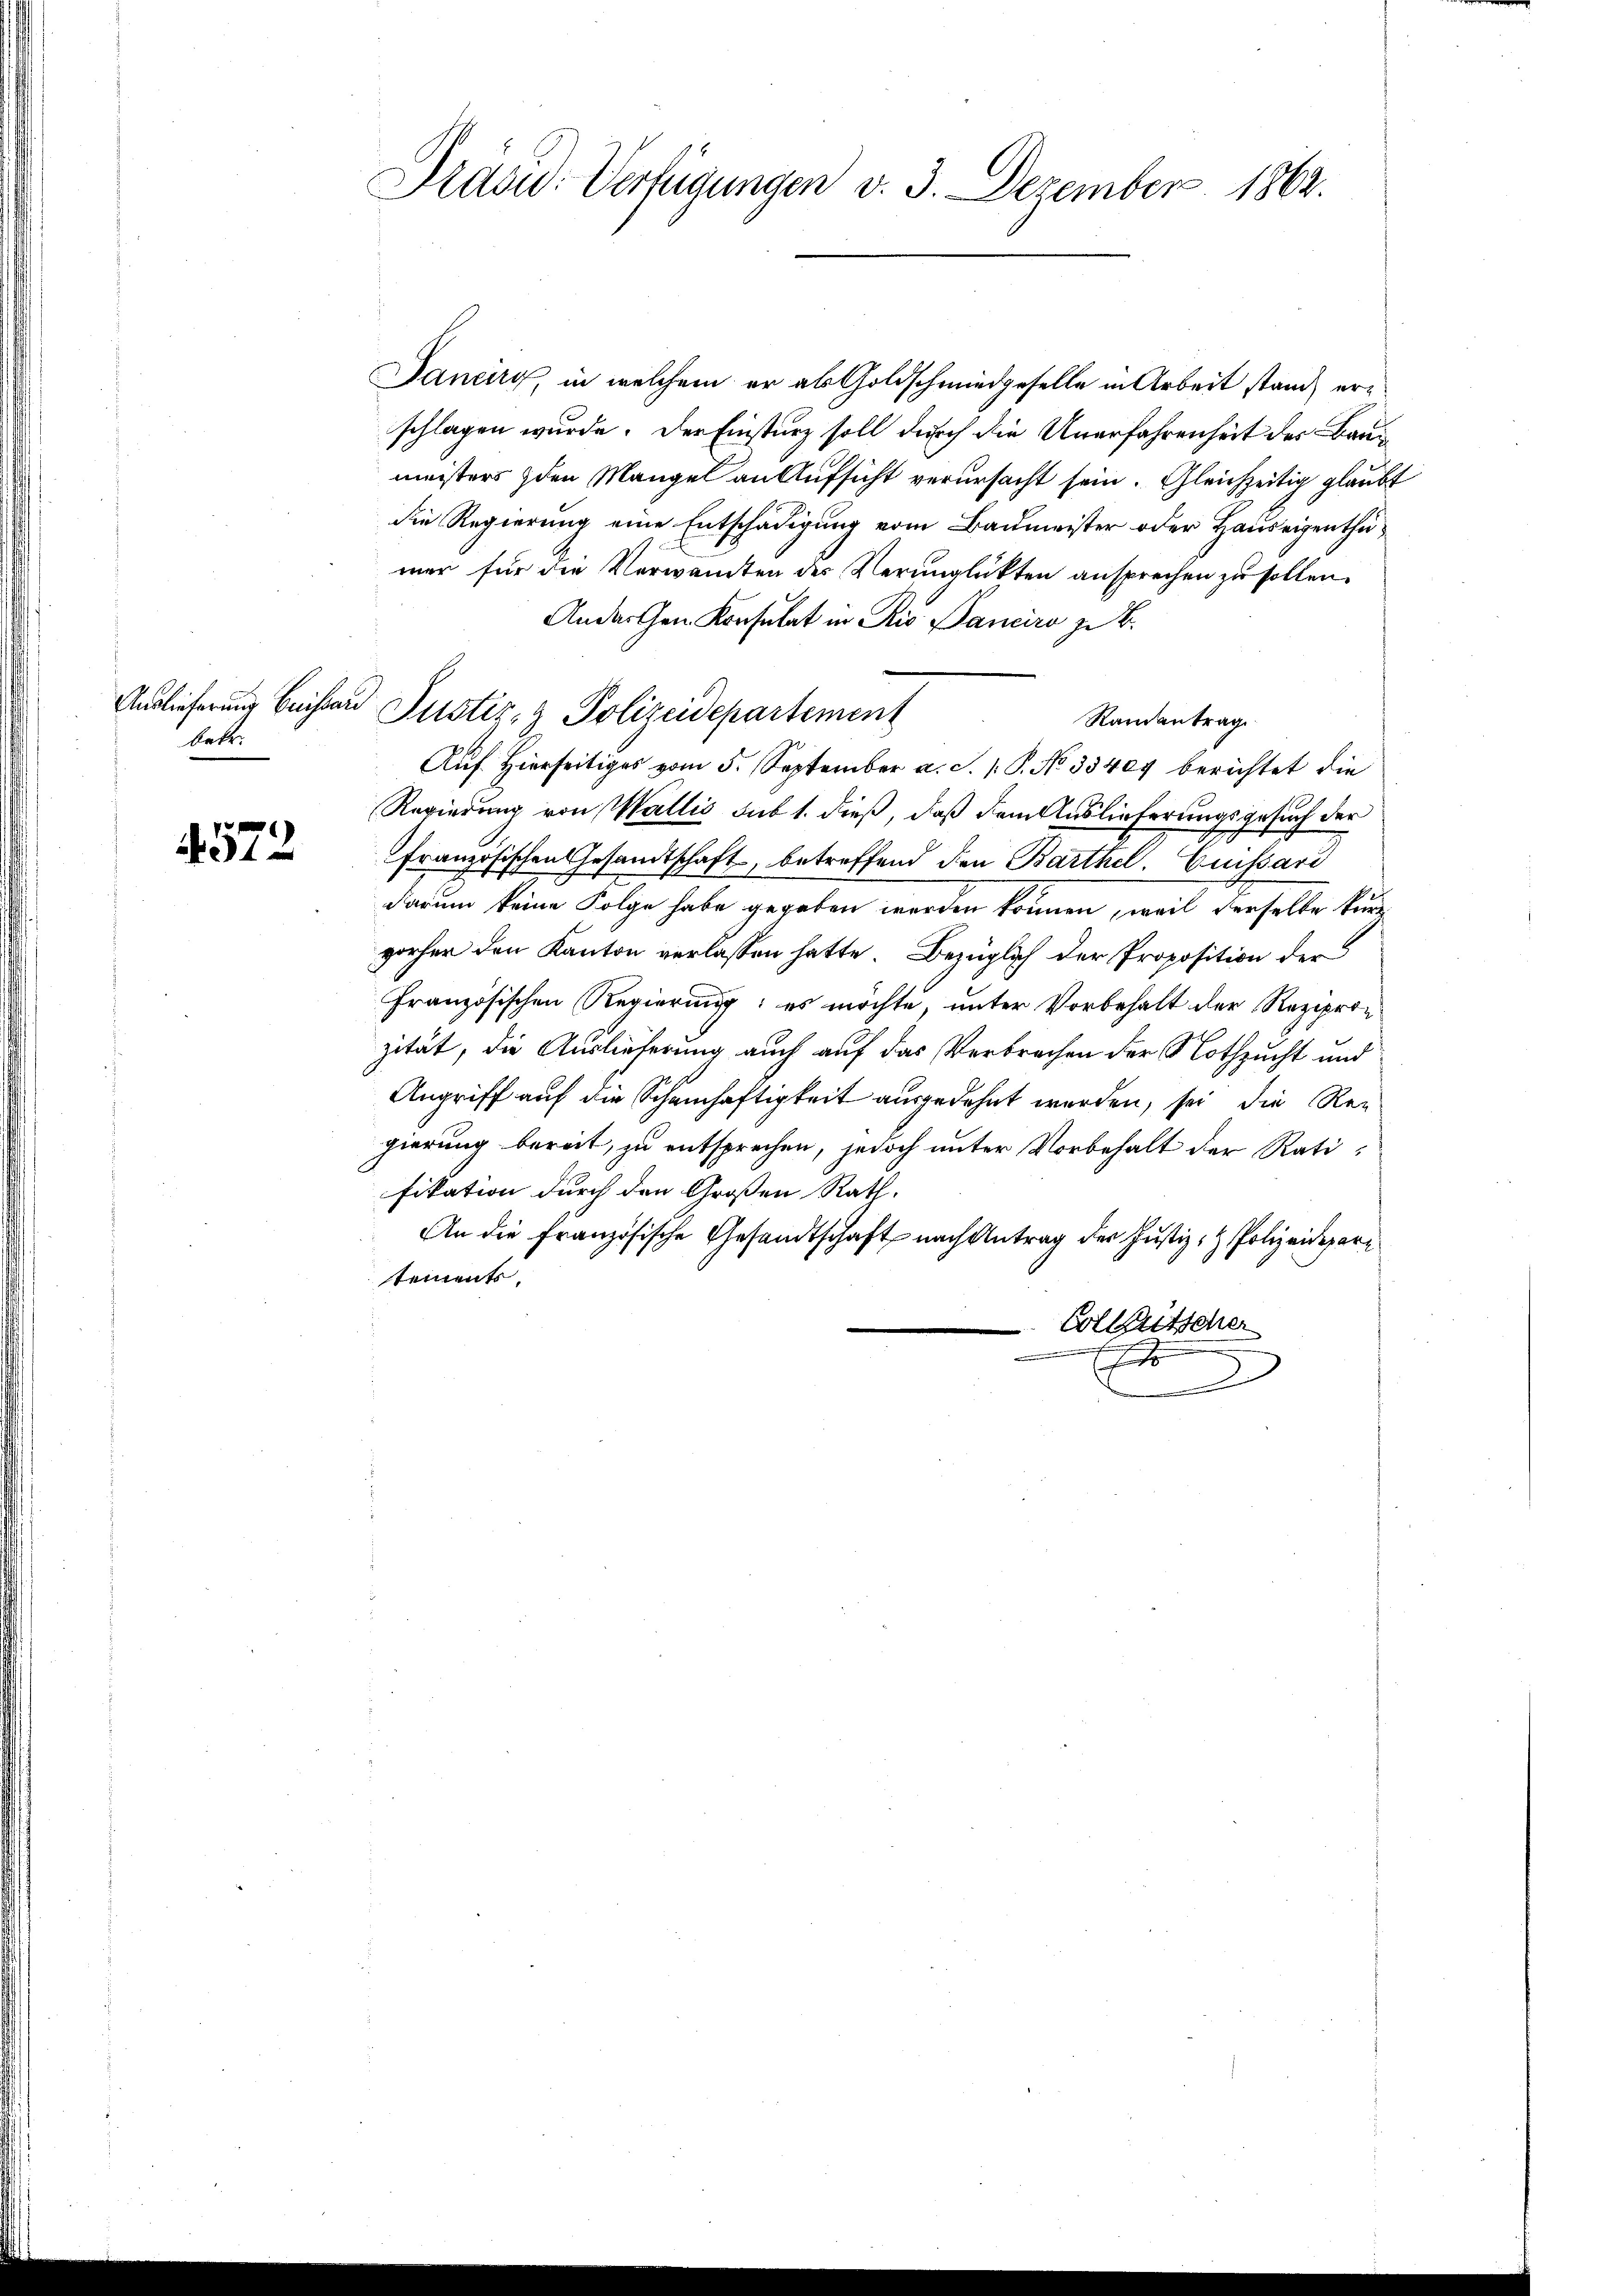
Auslieferung Buissar
lett.

4572

Präsid. Verfügungen v. 3. Dezember 1862.

Janeirg, in welchem er als Goldschmiedgeselle in Arbeit stand, erschlagen wurde. Der Einsturz soll durch die Unerfahrenheit des Baumeisters den Mangel an Aufsicht verursacht sein. Gleichzeitig glaubt
die Regierung eine Entschädigung vom Baumeister oder Hauseigenthumer für die Verwandten des Verunglükten ansprechen zu sollen.
Andarthen Konsulat in Rio Banciro zu B.
Justiz- & Polizeidepartement
Ramantrag
Auf Hierseitiges vom 5. September a. S. P. No 33404 berichtet die
Regierung von Wallis sub 1. dieß, daß dem Auslieferungsgesuch der
französischen Gesandtschaft, betreffend den Barthel. Guissard
darum keine Folge habe gegeben werden können, weil derselbe kurz
vorher den Kanton verlassen hatte. Bezüglich der Proposition der
Französischen Regierung; es möchte, unter Vorbehalt der Reziprozität, die Auslieferung auch auf das Verbrechen der Nothzucht und
Angriff auf die Schamhaftigkeit ausgedehnt werden, sei die Reg
gierung bereit, zu entsprechen, jedoch unter Vorbehalt der Ratifikation durch den Großen Rath.
An die französische Gesandtschaft nach Antrag der Justiz- & Polizeidepare
tements
Colleutscher
.
E
D